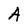
Character: A